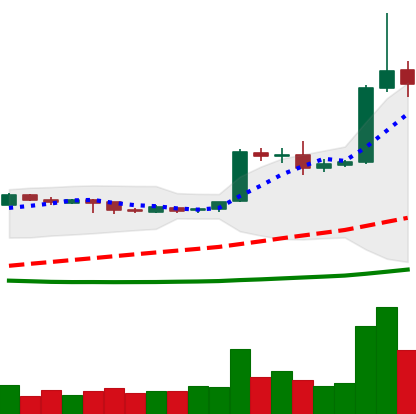
Ticker: EOS-USD
Chart end date: 2019-04-04
Forward return: 9.417%
Label: up_7plus